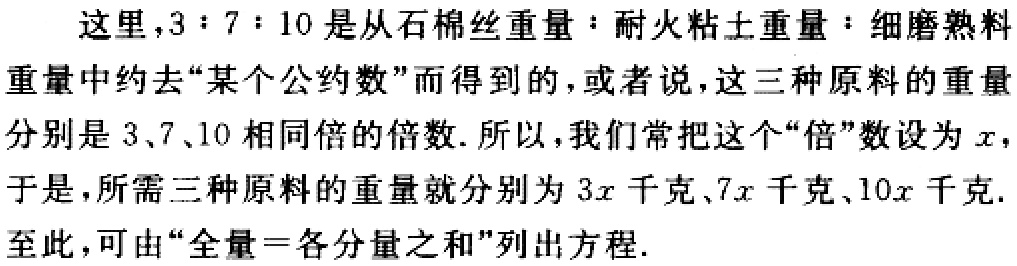
这里，$3:7:10$是从石棉丝重量：耐火粘土重量：细磨熟料
重量中约去“某个公约数”而得到的，或者说，这三种原料的重量
分别是$3$、$7$、$10$相同倍的倍数. 所以，我们常把这个“倍”数设为$x$，
于是，所需三种原料的重量就分别为$3x$千克、$7x$千克、$10x$千克.
至此，可由“全量$=$各分量之和”列出方程.